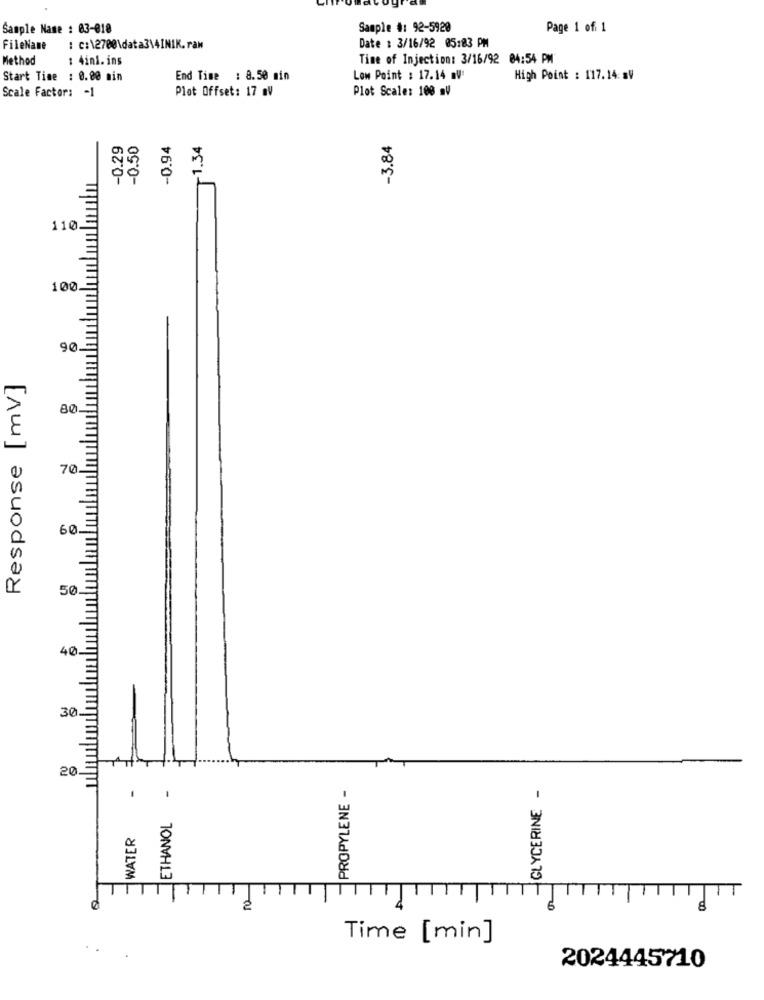
Sample Name : 03-018
Sample #: 92-5920
Page 1 of 1
FileName
: c:\2700\data3\4INIK.raw
Date : 3/16/92 05:03 PM
Method
: 4ini. ins
Time of Injection: 3/16/92 04:54 PM
Start Time : 0.00 min
End Time : 8.50 min
Low Point : 17.14 mV:
High Point : 117.14: aV
Scale Factor: - 1
Plot Offset: 17 aV
Plot Scale: 100 aV
-0.94
-1.34
-3.84
00
110
100.
90.
Response [mV]
70.
60.
50.
40-
30.
20
-
PROPYLENE -
GLYCERINE -
ETHANOL
WATER
2
Time [min]
2024445710